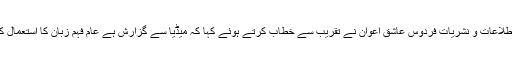
تفصیلات کے مطابق وزیر اعظم کی معاون خصوصی برائے اطلاعات و نشریات فردوس عاشق اعوان نے تقریب سے خطاب کرتے ہوئے کہا کہ میڈیا سے گزارش ہے عام فہم زبان کا استعمال کیا جائے، قوانین پر عملدر آمد کرنا ہمارے لیے ایک چیلنج ہے۔